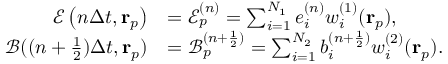
\begin{array} { r l } { \mathcal { E } \left( n \Delta t , \mathbf { r } _ { p } \right) } & { = \mathcal { E } _ { p } ^ { ( n ) } = \sum _ { i = 1 } ^ { N _ { 1 } } e _ { i } ^ { ( n ) } w _ { i } ^ { ( 1 ) } ( \mathbf { r } _ { p } ) , } \\ { \mathcal { B } ( ( n + \frac { 1 } { 2 } ) \Delta t , \mathbf { r } _ { p } ) } & { = \mathcal { B } _ { p } ^ { ( n + \frac { 1 } { 2 } ) } = \sum _ { i = 1 } ^ { N _ { 2 } } b _ { i } ^ { ( n + \frac { 1 } { 2 } ) } w _ { i } ^ { ( 2 ) } ( \mathbf { r } _ { p } ) . } \end{array}